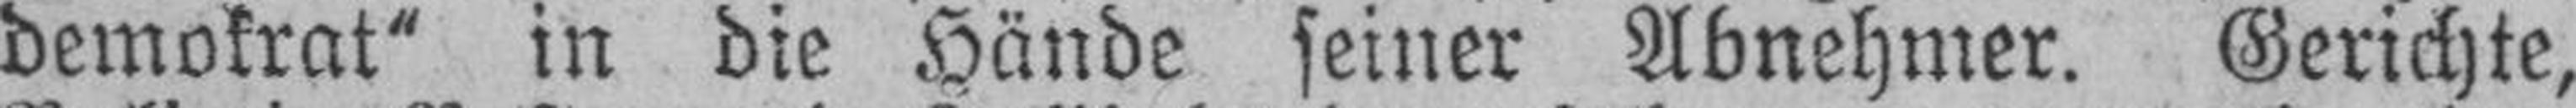
demokrat“ in die Hände seiner Abnehmer. Gerichte,